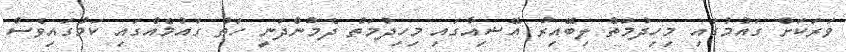
ވަރަކަށް ގައުމުގައި މިހިދުމަތް ލިބޭއިރު އޭޝިއާގައި މިހިދުމަތް ދެމުންދަނީ ހަތް ގައުމެއްގައި ކަމުގައިވެސް